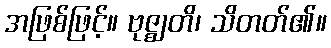
အဖြစ်ဖြင့်။ ဗုဇ္ဈတိ၊ သိတတ်၏။